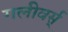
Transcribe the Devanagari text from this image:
गलीवर्स्